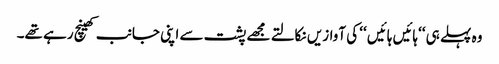
وہ پہلے ہی ‘‘ہائیں ہائیں ‘‘ کی آوازیں نکالتے مجھے پشت سے اپنی جانب کھینچ رہے تھے۔